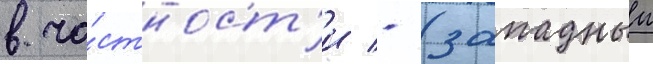
в ча́стност'и - (западныи